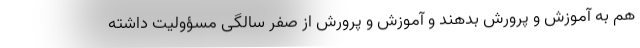
هم به آموزش و پرورش بدهند و آموزش و پرورش از صفر سالگی مسؤولیت داشته